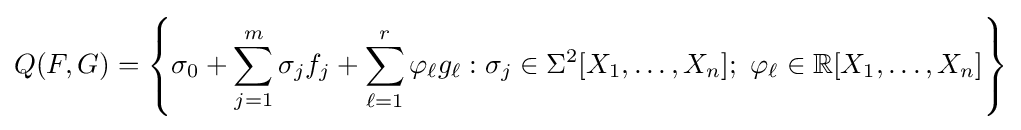
Q(F,G)=\left\{\sigma _{0}+\sum _{j=1}^{m}\sigma _{j}f_{j}+\sum _{\ell =1}^{r}\varphi _{\ell }g_{\ell }:\sigma _{j}\in \Sigma ^{2}[X_{1},\ldots ,X_{n}];\ \varphi _{\ell }\in \mathbb {R} [X_{1},\ldots ,X_{n}]\right\}